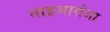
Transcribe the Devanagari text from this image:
ताइआरोआ